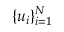
\{ u _ { i } \} _ { i = 1 } ^ { N }